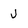
Character: J